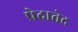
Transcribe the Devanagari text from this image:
प्रेदातेद